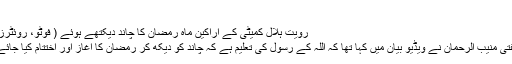
‘
رویت ہلال کمیٹی کے اراکین ماہ رمضان کا چاند دیکتھے ہوئے ( فوٹو، روئٹرز)
مفتی منیب الرحمان نے ویڈیو بیان میں کہا تھا کہ اللہ کے رسول کی تعلیم ہے کہ چاند کو دیکھ کر رمضان کا آغاز اور اختتام کیا جائے۔